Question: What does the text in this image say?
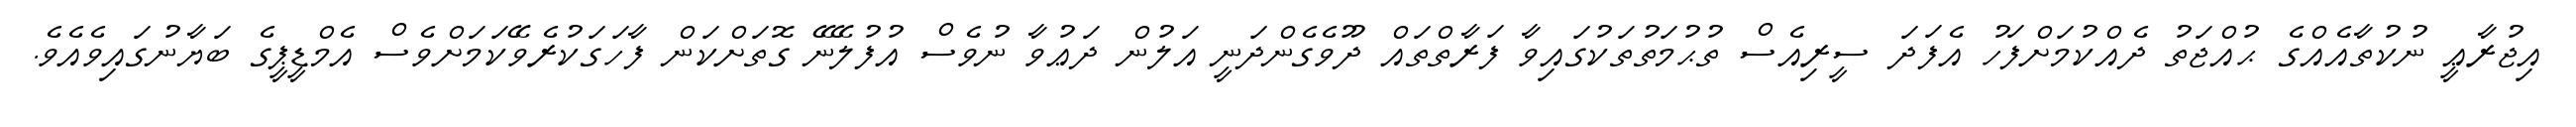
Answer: އިޖުރާޢީ ނުކުތާއެއްގެ ޙުއްޖަތު ދެއްކުމަށްފަހު އެފަދަ ސީރިއެސް ތުޙުމަތުތަކުގައިވާ ފަރާތްތައް ދޫވެގެންދަނީ އަލުން ދަޢުވާ ނުވެސް އުފުލޭނޭ ގޮތަށްކަން ފާހަގަކުރެވޭކަމަށްވެސް އެމްޑީޕީގެ ބަޔާނުގައިވެއެވެ.